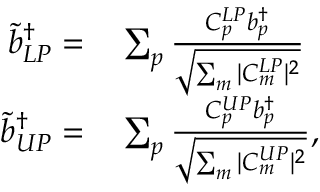
\begin{array} { r l } { \Tilde { b } _ { L P } ^ { \dagger } = } & { { } \sum _ { p } \frac { C _ { p } ^ { L P } { b } _ { p } ^ { \dagger } } { \sqrt { \sum _ { m } | C _ { m } ^ { L P } | ^ { 2 } } } } \\ { \Tilde { b } _ { U P } ^ { \dagger } = } & { { } \sum _ { p } \frac { C _ { p } ^ { U P } { b } _ { p } ^ { \dagger } } { \sqrt { \sum _ { m } | C _ { m } ^ { U P } | ^ { 2 } } } , } \end{array}